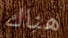
هناك